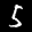
Label: 5